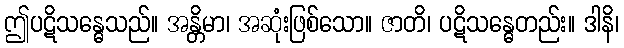
ဤပဋိသန္ဓေသည်။ အန္တိမာ၊ အဆုံးဖြစ်သော။ ဇာတိ၊ ပဋိသန္ဓေတည်း။ ဒါနိ၊